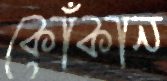
কোঁকান